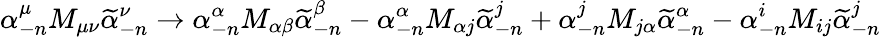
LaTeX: \alpha_{-n}^{\mu}M_{\mu\nu}\widetilde\alpha_{-n}^{\nu}\rightarrow\alpha_{-n}^{\alpha}M_{\alpha\beta}\widetilde\alpha_{-n}^{\beta}-\alpha_{-n}^{\alpha}M_{\alpha j}\widetilde\alpha_{-n}^{j}+\alpha_{-n}^{j}M_{j\alpha}\widetilde\alpha_{-n}^{\alpha}-\alpha_{-n}^{i}M_{ij}\widetilde\alpha_{-n}^{j}